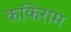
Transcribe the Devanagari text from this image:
कॉकेराम